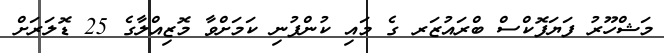
މަޝްހޫރު ފަޔަފޮކްސް ބްރައުޒަރ ގެ މައި ކުންފުނި ކަމަށްވާ މޮޒިއްލާގެ 25 ޑޮލަރަށް